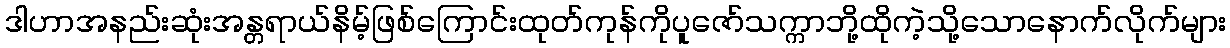
ဒါဟာအနည်းဆုံးအန္တရာယ်နိမ့်ဖြစ်ကြောင်းထုတ်ကုန်ကိုပူဇော်သက္ကာဘို့ထိုကဲ့သို့သောနောက်လိုက်များ